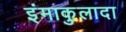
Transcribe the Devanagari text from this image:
इंमाकुलादा